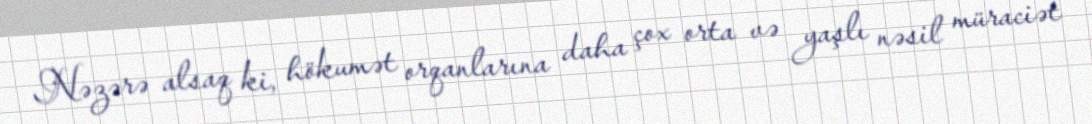
Nəzərə alsaq ki, hökumət orqanlarına daha çox orta və yaşlı nəsil müraciət